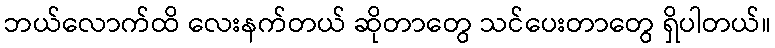
ဘယ်လောက်ထိ လေးနက်တယ် ဆိုတာတွေ သင်ပေးတာတွေ ရှိပါတယ်။